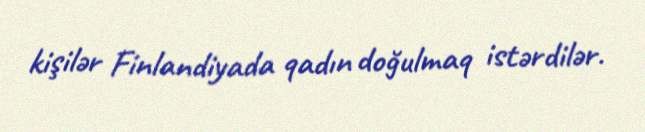
kişilər Finlandiyada qadın doğulmaq istərdilər.